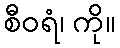
စီဝရံ၊ ကို။